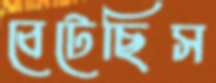
বেটেছিস